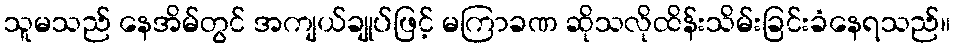
သူမသည် နေအိမ်တွင် အကျယ်ချုပ်ဖြင့် မကြာခဏ ဆိုသလိုထိန်းသိမ်းခြင်းခံနေရသည်။